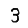
Digit: 3